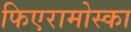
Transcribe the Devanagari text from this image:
फिएरामोस्का